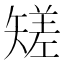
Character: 𥏺